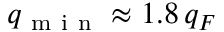
q _ { \mathrm { ~ m ~ i ~ n ~ } } \approx 1 . 8 \, q _ { F }